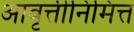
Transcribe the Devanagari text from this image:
आवृत्तीनिमित्त